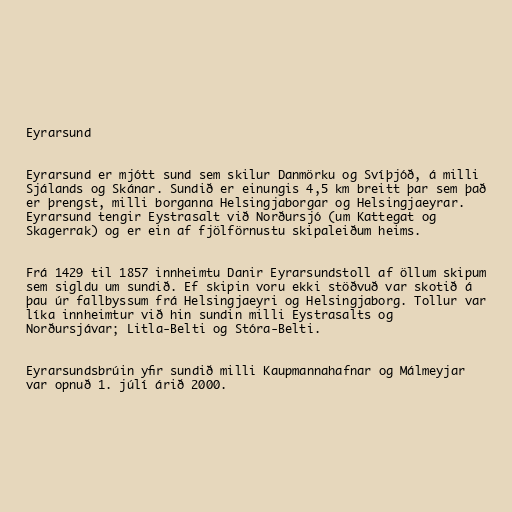
Eyrarsund

Eyrarsund er mjótt sund sem skilur Danmörku og Svíþjóð, á milli
Sjálands og Skánar. Sundið er einungis 4,5 km breitt þar sem það
er þrengst, milli borganna Helsingjaborgar og Helsingjaeyrar.
Eyrarsund tengir Eystrasalt við Norðursjó (um Kattegat og
Skagerrak) og er ein af fjölförnustu skipaleiðum heims.

Frá 1429 til 1857 innheimtu Danir Eyrarsundstoll af öllum skipum
sem sigldu um sundið. Ef skipin voru ekki stöðvuð var skotið á
þau úr fallbyssum frá Helsingjaeyri og Helsingjaborg. Tollur var
líka innheimtur við hin sundin milli Eystrasalts og
Norðursjávar; Litla-Belti og Stóra-Belti.

Eyrarsundsbrúin yfir sundið milli Kaupmannahafnar og Málmeyjar
var opnuð 1. júlí árið 2000.